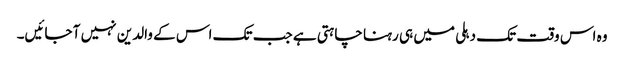
وہ اس وقت تک دہلی میں ہی رہنا چاہتی ہے جب تک اس کے والدین نہیں آ جائیں۔